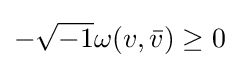
-{\sqrt {-1}}\omega (v,{\bar {v}})\geq 0